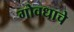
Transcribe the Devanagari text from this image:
गोवधाचे